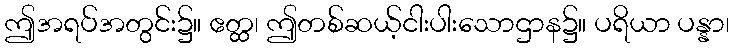
ဤအရပ်အတွင်း၌။ ဧတ္ထ၊ ဤတစ်ဆယ့်ငါးပါးသောဌာန၌။ ပရိယာ ပန္နာ၊